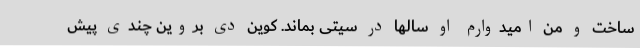
ساخت و من امیدوارم او سالها در سیتی بماند. کوین دی بروین چندی پیش